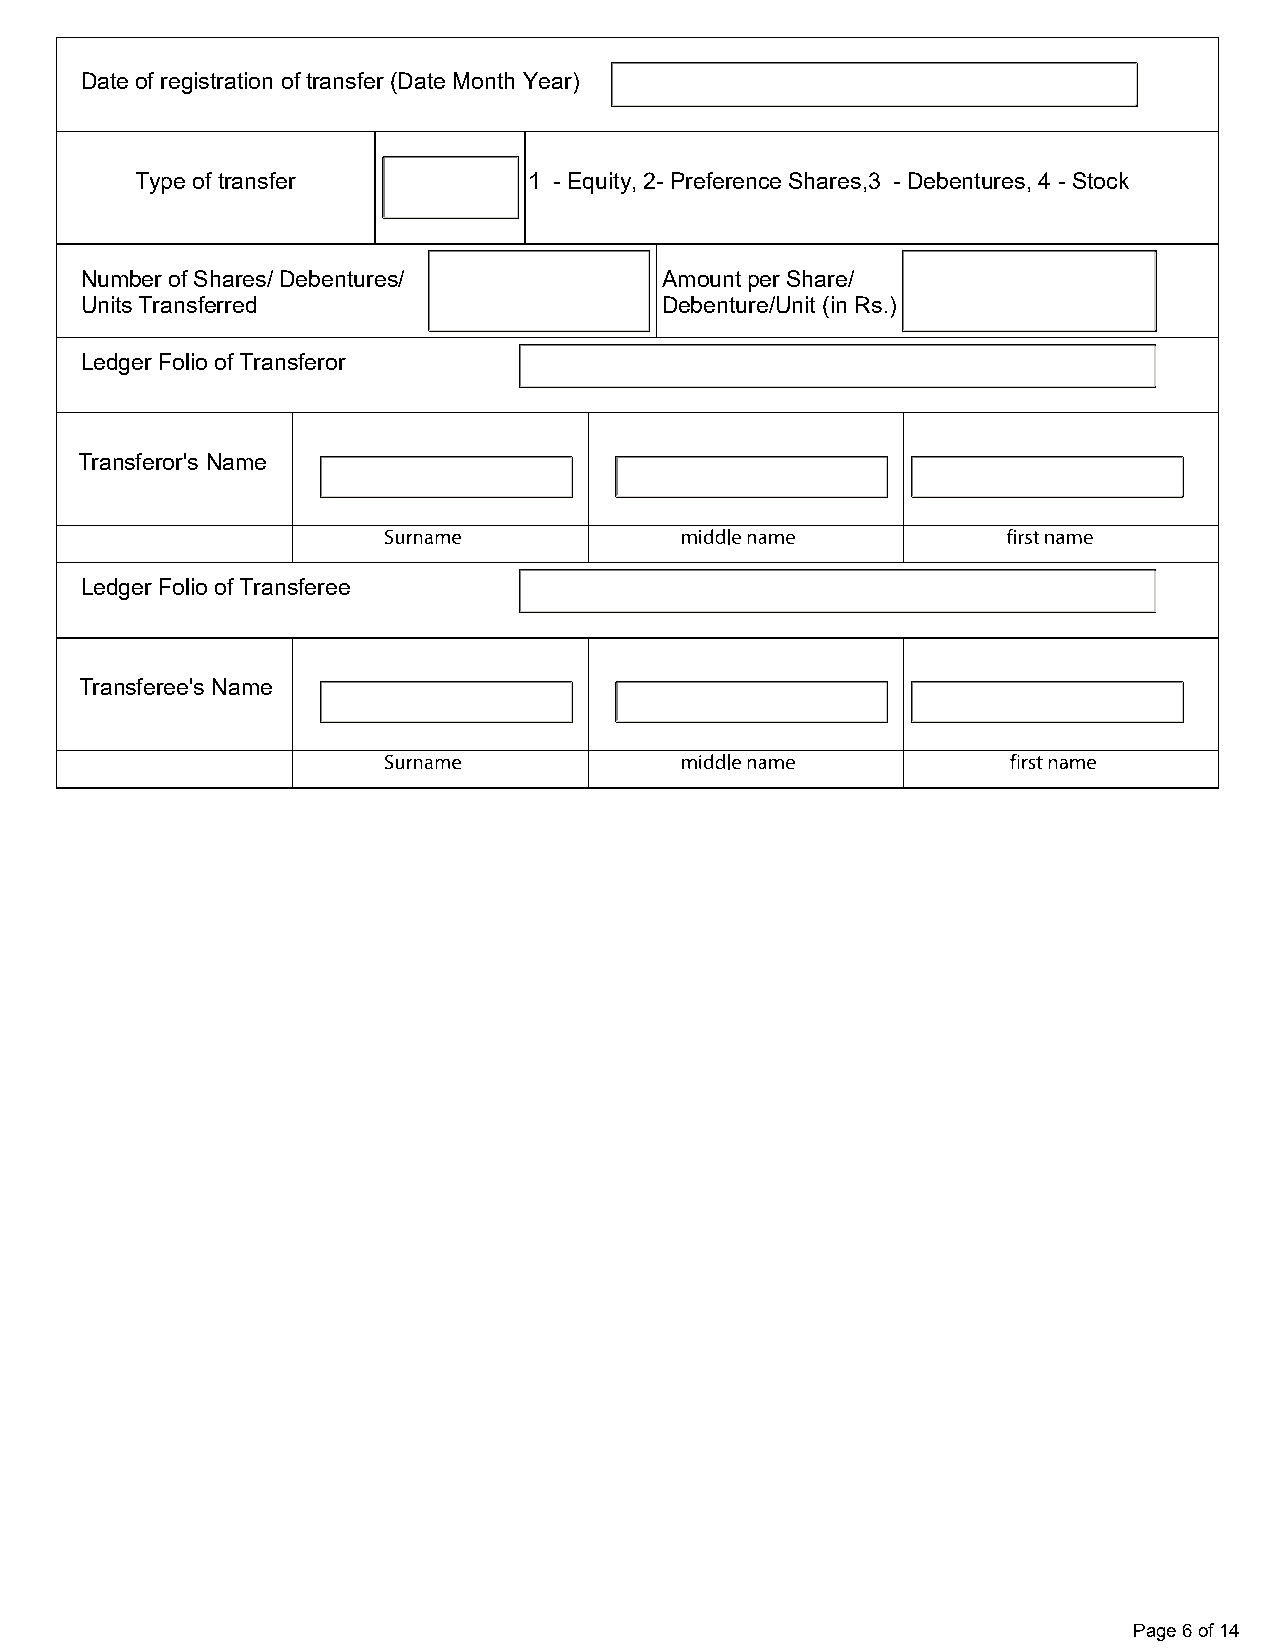
Date of registration of transfer (Date Month Year)
 Type of transfer          1 - Equity, 2- Preference Shares,3 - Debentures, 4 - Stock
 Number of Shares/ Debentures/          Amount per Share/
 Units Transferred                      Debenture/Unit (in Rs.)
 Ledger Folio of Transferor
 Transferor's Name
 Ledger Folio of Transferee
 Transferee's Name
 Page 6 of 14